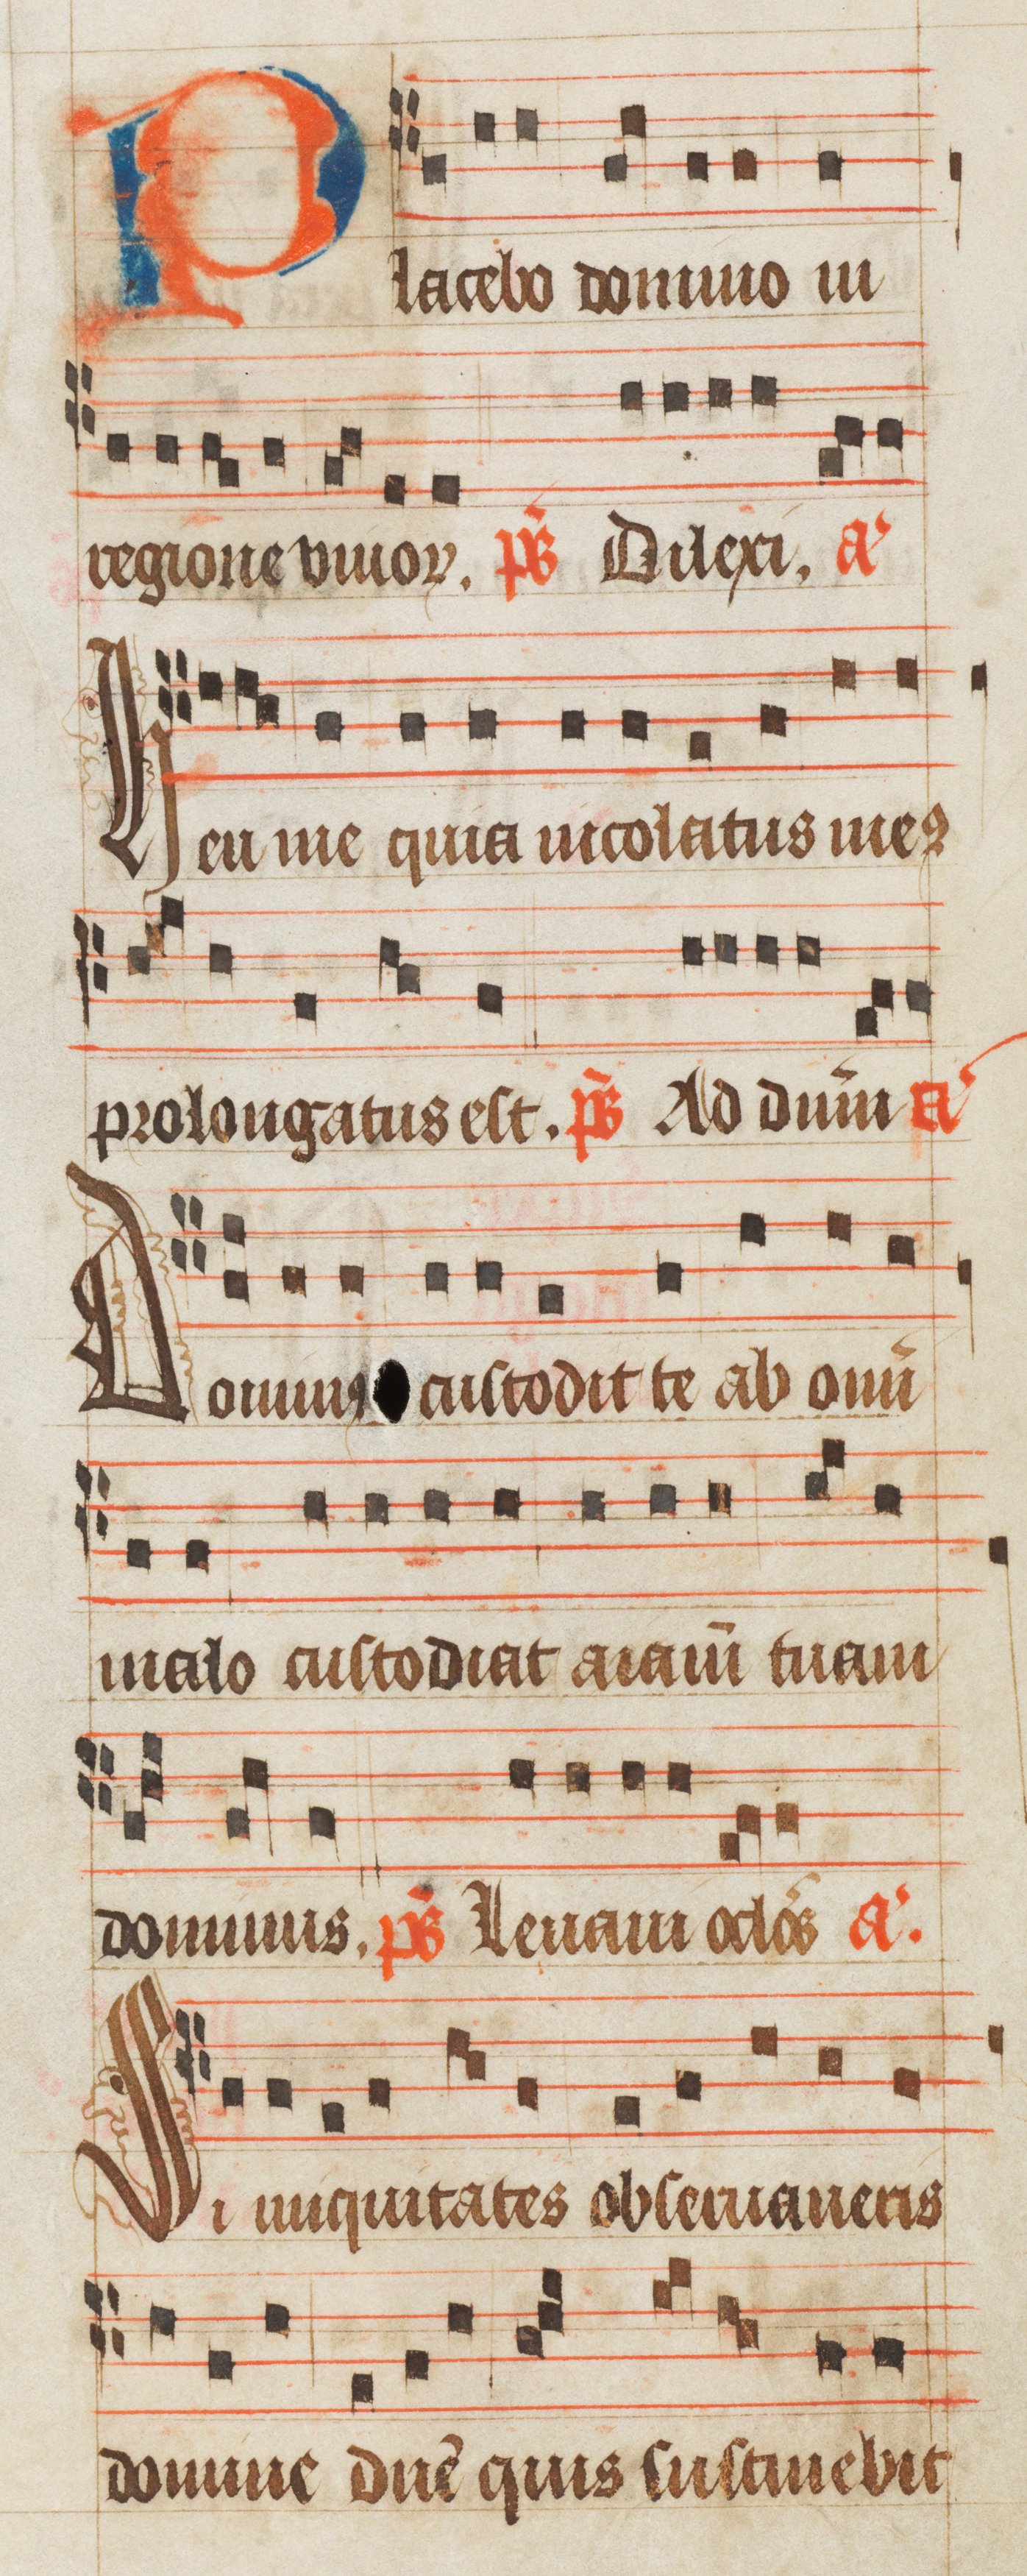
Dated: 1450–1499